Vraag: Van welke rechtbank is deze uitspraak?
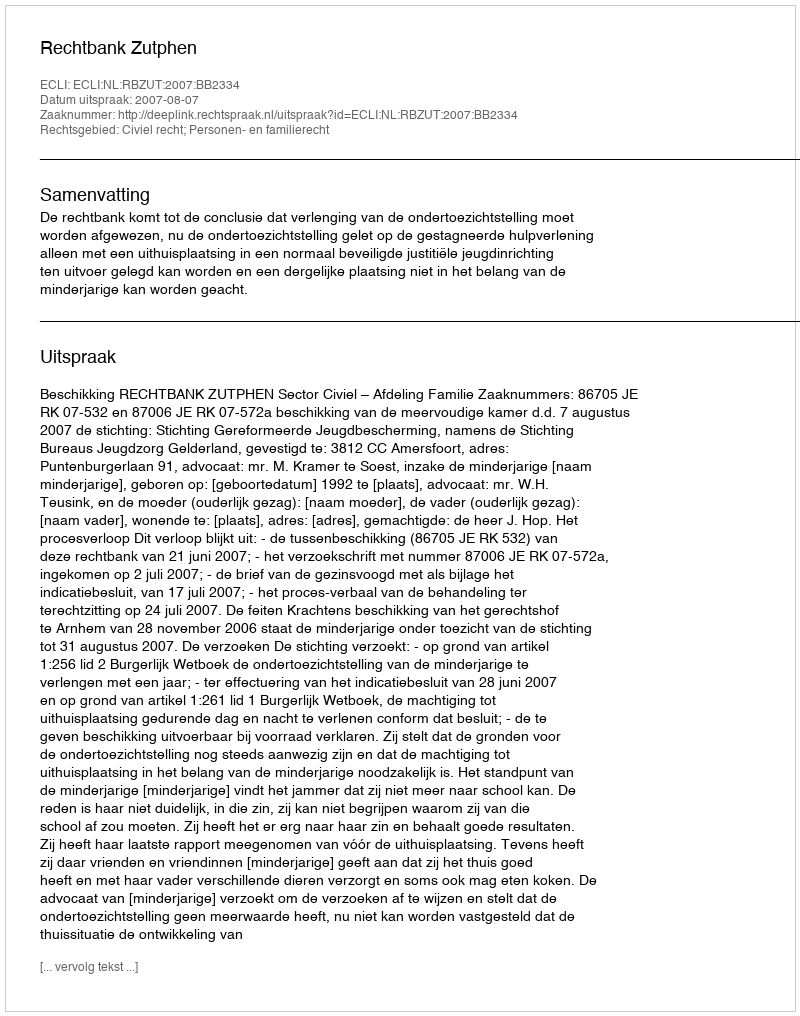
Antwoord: Rechtbank Zutphen